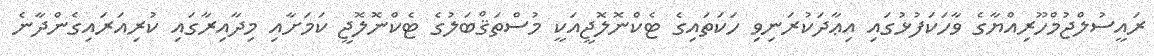
ރައީސުލްޖުމްހޫރިއްޔާގެ ވާހަކަފުޅުގައި އިޢާދަކުރަނިވި ހަކަތައިގެ ޓެކްނޮލޮޖީއަކީ މުސްތަޤްބަލުގެ ޓެކްނޮލޮޖީ ކަމަށާއި މިދާއިރާގައި ކުރިއަރައިގެންދާނެ